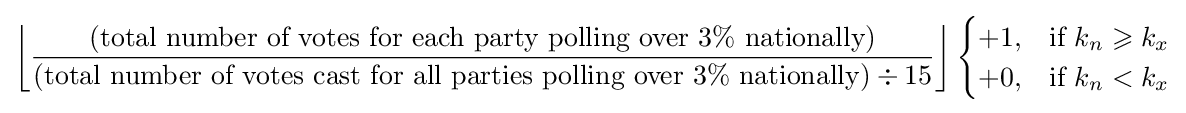
\left\lfloor {{\text{(total number of votes for each party polling over 3}}\%{\text{ nationally)}} \over {\text{(total number of votes cast for all parties polling over 3}}\%{\text{ nationally)}}\div 15}\right\rfloor {\begin{cases}+1,&{\text{if }}k_{n}\geqslant k_{x}\\+0,&{\text{if }}k_{n}<k_{x}\end{cases}}